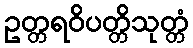
ဥတ္တရဝိပတ္တိသုတ္တံ